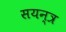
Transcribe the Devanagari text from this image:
सयन्त्र